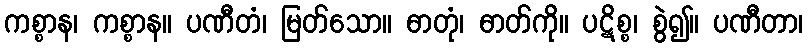
ကစ္စာန၊ ကစ္စာန။ ပဏီတံ၊ မြတ်သော။ ဓာတုံ၊ ဓာတ်ကို။ ပဋိစ္စ၊ စွဲ၍။ ပဏီတာ၊